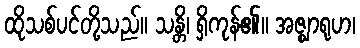
ထိုသစ်ပင်တို့သည်။ သန္တိ၊ ရှိကုန်၏။ အဇ္ဈာရုဟ၊